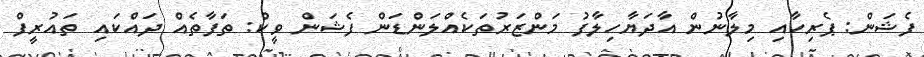
ފެޝަން: ޕެރިހާއި މިލާނުން އާދަޔާހިލާފު މަންޒަރުތަކެއްލަންޑަން ފެޝަން ވީކް: ތަފާތެއް ދައްކައި ތައުރީފް